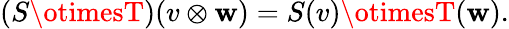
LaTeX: (S\otimesT)(v\otimes\mathbf{w})=S(v)\otimesT(\mathbf{w}).